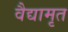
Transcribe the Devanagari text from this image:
वैद्यामृत